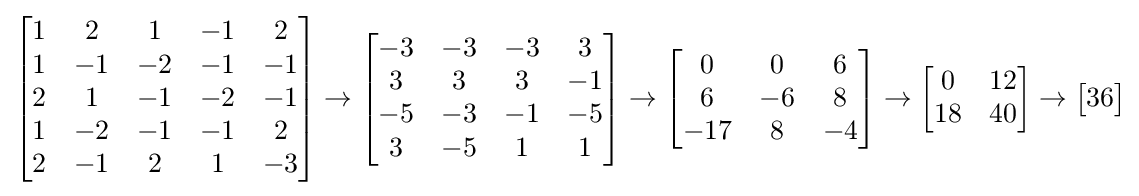
{\begin{bmatrix}1&2&1&-1&2\\1&-1&-2&-1&-1\\2&1&-1&-2&-1\\1&-2&-1&-1&2\\2&-1&2&1&-3\end{bmatrix}}\to {\begin{bmatrix}-3&-3&-3&3\\3&3&3&-1\\-5&-3&-1&-5\\3&-5&1&1\end{bmatrix}}\to {\begin{bmatrix}0&0&6\\6&-6&8\\-17&8&-4\end{bmatrix}}\to {\begin{bmatrix}0&12\\18&40\end{bmatrix}}\to {\begin{bmatrix}36\end{bmatrix}}